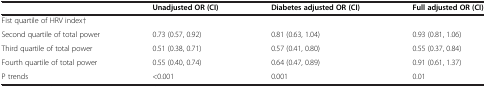
|  | Unadjusted OR (CI) | Diabetes adjusted OR (CI) | Full adjusted OR (CI) |
 | --- | --- | --- | --- |
 | Fist quartile of HRV index† |  |  |  |
 | Second quartile of total power | 0.73 (0.57, 0.92) | 0.81 (0.63, 1.04) | 0.93 (0.81, 1.06) |
 | Third quartile of total power | 0.51 (0.38, 0.71) | 0.57 (0.41, 0.80) | 0.55 (0.37, 0.84) |
 | Fourth quartile of total power | 0.55 (0.40, 0.74) | 0.64 (0.47, 0.89) | 0.91 (0.61, 1.37) |
 | P trends | <0.001 | 0.001 | 0.01 |